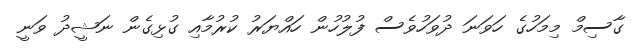
ގާސިމް މިމަހުގެ ހަވަނަ ދުވަހުވެސް ފުލުހުން ހައްޔަރު ކުރުމާއި ގުޅިގެން ނަޝީދު ވަނީ